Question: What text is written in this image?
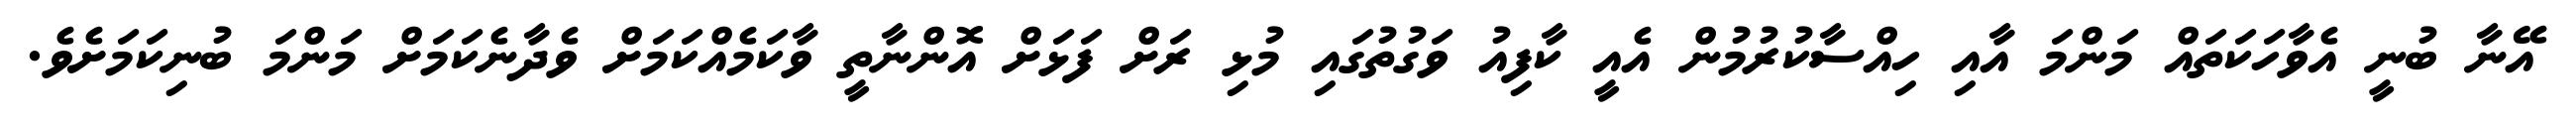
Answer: އޭނާ ބުނީ އެވާހަކަތައް މަންމަ އާއި ހިއްސާކުރުމުން އެއީ ކާފިއު ވަގުތުގައި މުޅި ރަށް ފަޅަށް އޮންނާތީ ވާކަމެއްކަމަށް ވެދާނެކަމަށް މަންމަ ބުނިކަމަށެވެ.